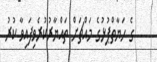
ގެ ހަޔާތްޕުޅުގެ މައްޗަށް ތައްޔާރުކުރެވިފައިވާ ކުރު